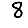
Digit: 8